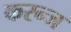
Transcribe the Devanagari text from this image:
करन्‍ज